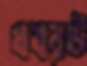
খবরউ